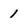
Character: 1